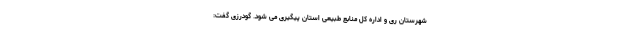
شهرستان ری و اداره کل منابع طبیعی استان پیگیری می شود. گودرزی گفت: